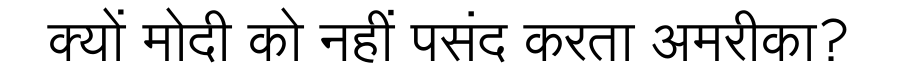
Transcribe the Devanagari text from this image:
क्यों मोदी को नहीं पसंद करता अमरीका?